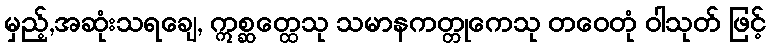
မှည့်,အဆုံးသရချေ, ဣစ္ဆတ္ထေသု သမာနကတ္တုကေသု တဝေတုံ ဝါသုတ် ဖြင့်